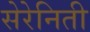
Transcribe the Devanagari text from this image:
सेरेनिती